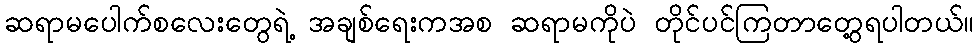
ဆရာမပေါက်စလေးတွေရဲ့ အချစ်ရေးကအစ ဆရာမကိုပဲ တိုင်ပင်ကြတာတွေ့ရပါတယ်။